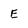
Character: E